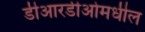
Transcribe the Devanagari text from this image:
डीआरडीओमधील